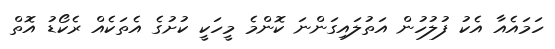
ހަމައެއާ އެކު ފުލުހުން އަތުލައިގަންނަ ކޮންމެ މީހަކީ ކުށުގެ އެތަކެއް ރެކޯޑު އޮތް